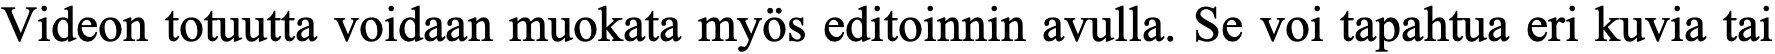
Videon totuutta voidaan muokata myös editoinnin avulla. Se voi tapahtua eri kuvia tai